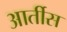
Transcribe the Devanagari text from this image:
आर्तीस